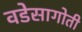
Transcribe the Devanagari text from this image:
वडेसागोती